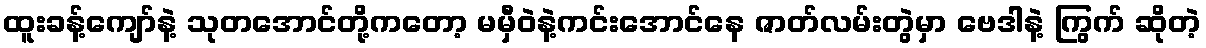
ထူးခန့်ကျော်နဲ့ သုတအောင်တို့ကတော့ မမှီဝဲနဲ့ကင်းအောင်နေ ဇာတ်လမ်းတွဲမှာ ဗေဒါနဲ့ ကြွက် ဆိုတဲ့